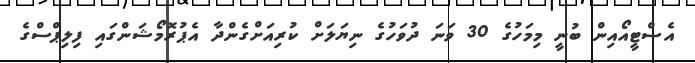
އެސްޓީއޯއިން ބުނީ މިމަހުގެ 30 ވަނަ ދުވަހުގެ ނިޔަލަށް ކުރިއަށްގެންދާ އެޕުރޮމޯޝަންގައި ފިލިޕްސްގެ